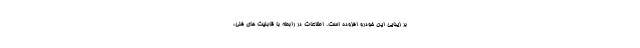
بر زیبایی این خودرو افزوده است. اطلاعات در رابطه با قابلیت های فنی،